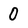
Character: 0